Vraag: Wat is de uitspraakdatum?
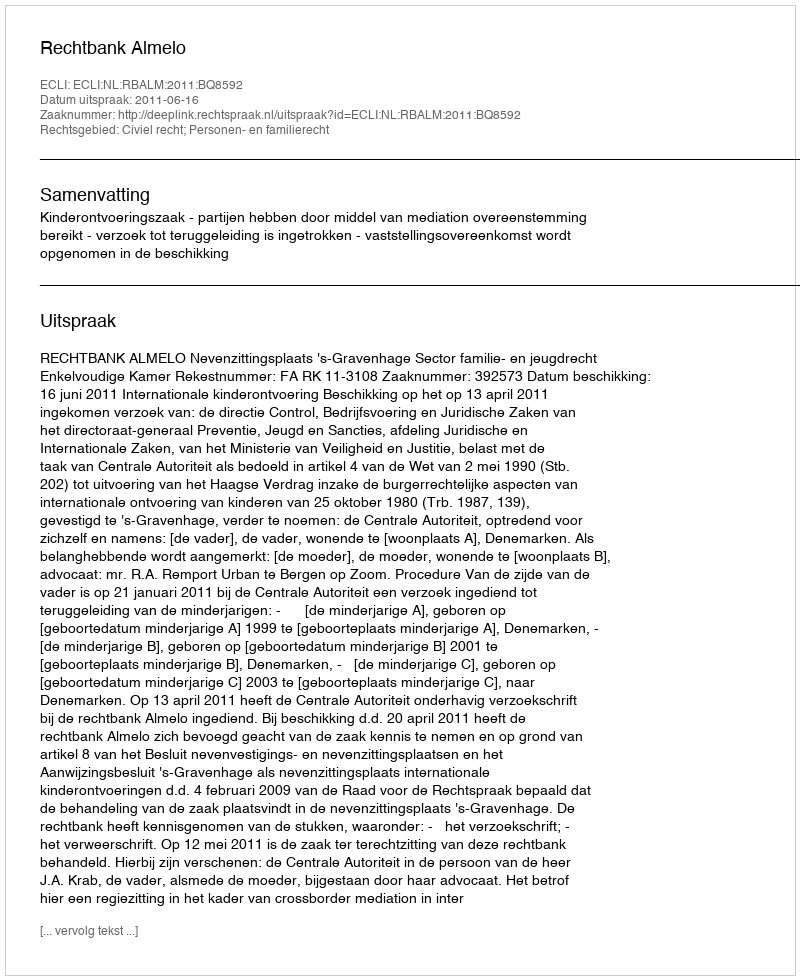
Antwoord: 2011-06-16